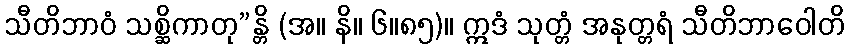
သီတိဘာဝံ သစ္ဆိကာတု”န္တိ (အ။ နိ။ ၆။၈၅)။ ဣဒံ သုတ္တံ အနုတ္တရံ သီတိဘာဝေါတိ